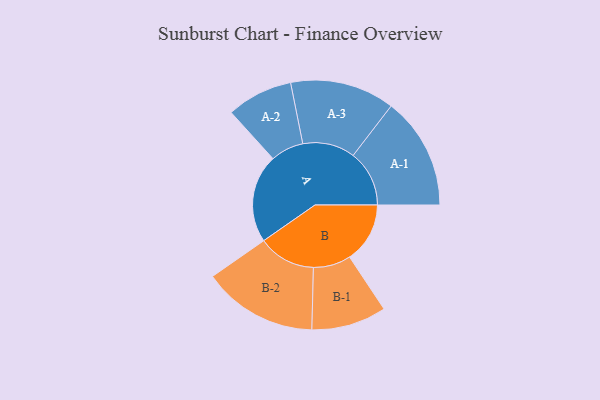
{"axis": {"x": "Segment", "y": "Value"}, "legend": ["", "A", "B"], "data": [{"x": "A", "y": 460, "type": ""}, {"x": "B", "y": 314, "type": ""}, {"x": "A-1", "y": 292, "type": "A"}, {"x": "A-2", "y": 172, "type": "A"}, {"x": "A-3", "y": 272, "type": "A"}, {"x": "B-1", "y": 195, "type": "B"}, {"x": "B-2", "y": 299, "type": "B"}]}